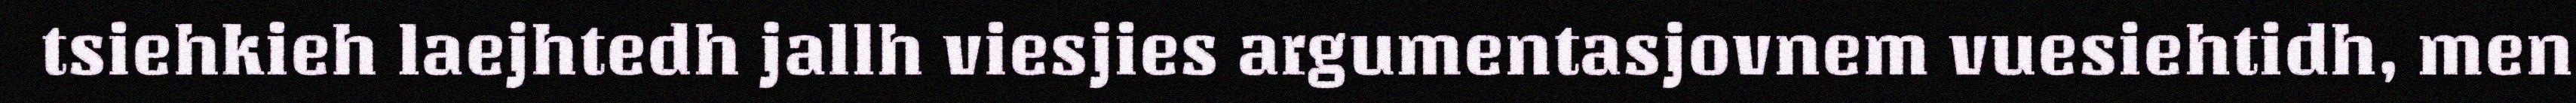
tsiehkieh laejhtedh jallh viesjies argumentasjovnem vuesiehtidh, men